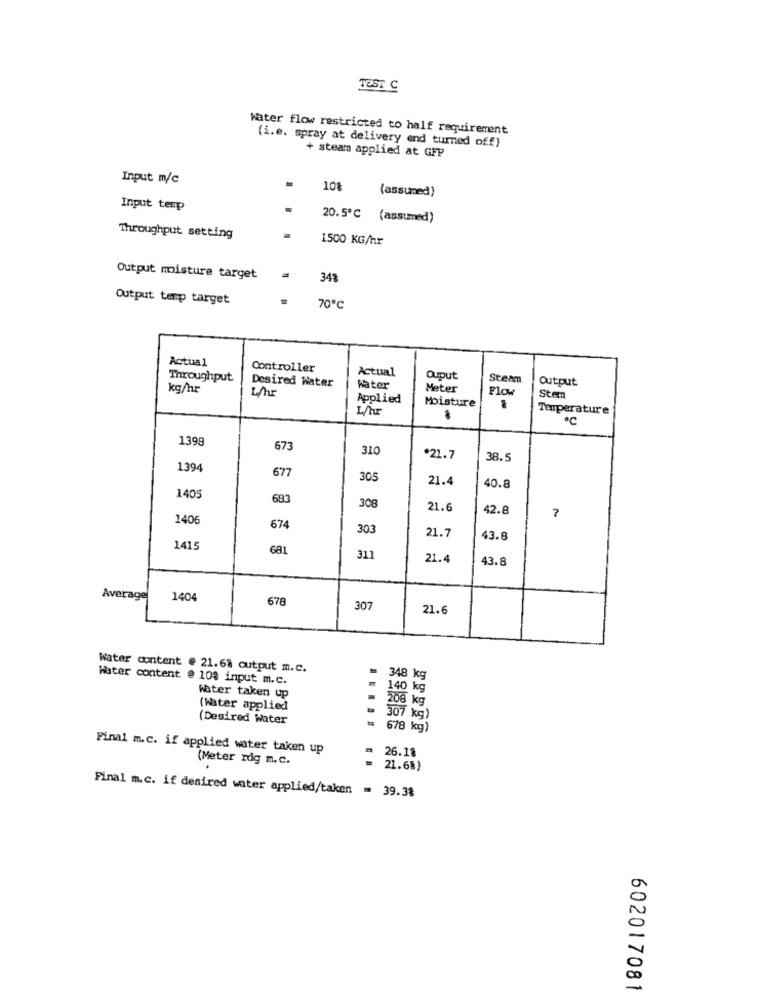
TEST C
water flow restricted to half requirement
(i.e. spray at delivery and turned off)
+ steam applied at GFP
Input m/c
108
(assumed)
Input temp
20.5℃ (assumed)
Throughput setting
1500 KG/hr
Output moisture target
34%
Output temp target
70℃
Actual
Controller
Actual
Throughput
Desired Water
Ouput
Steam
Output
kg/hr
the
Water
Meter
Flow
Applied
Moisture
Stem
L/hr
Temperature
.C
1398
673
310
*21.7
38.5
1394
677
305
21.4
40.8
140
683
308
21.6
42.8
1406
7
674
303
21.7
43.8
1415
681
311
21.4
43.8
Average
1404
678
307
21.6
Water content @ 21.68 output m.c.
Water content @ 108 input m.c.
= 348 kg
= 140 kg
Water taken up
= 208 kg
(Water applied
(Desired Water
= 307 kg)
.....
= 678 kg)
Final m.c. if applied water taken up
26.18
(Meter rdg m.c.
21.6%}
Final m.c. if desired water applied/taken = 39.38
602017081